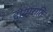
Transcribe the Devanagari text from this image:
दीर्घराति